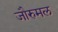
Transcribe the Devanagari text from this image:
जौरुमल